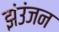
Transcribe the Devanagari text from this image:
झंउंजन